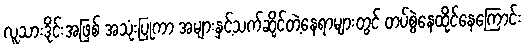
လူသားဒိုင်းအဖြစ် အသုံးပြုကာ အများနှင့်သက်ဆိုင်တဲ့နေရာများတွင် တပ်စွဲနေထိုင်နေကြောင်း